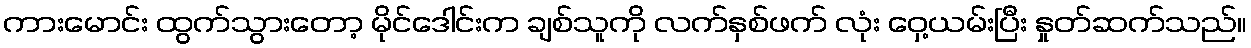
ကားမောင်း ထွက်သွားတော့ မိုင်ဒေါင်းက ချစ်သူကို လက်နှစ်ဖက် လုံး ဝှေ့ယမ်းပြီး နှုတ်ဆက်သည်။